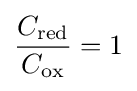
{\frac {C_{\text{red}}}{C_{\text{ox}}}}=1